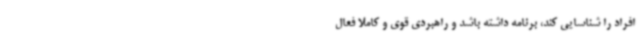
افراد را شناسایی کند، برنامه داشته باشد و راهبردی قوی و کاملا فعال